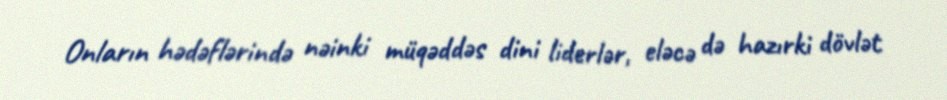
Onların hədəflərində nəinki müqəddəs dini liderlər, eləcə də hazırki dövlət